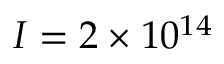
I = 2 \times { 1 0 ^ { 1 4 } }